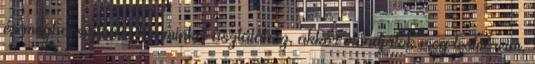
és megbocsájtásra hív minket asztalához, akkor mondjátok meg testvéreim,